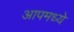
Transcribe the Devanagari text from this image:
आपमध्ये